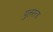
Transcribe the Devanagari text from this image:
पुलस्‍त्‍य